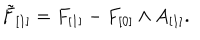
LaTeX: \tilde { F } _ { [ 1 ] } = F _ { [ 1 ] } - F _ { [ 0 ] } \wedge A _ { [ 1 ] } .